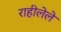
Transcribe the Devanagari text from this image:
राहीलेले